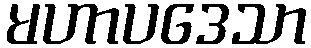
မဟာပဒေသာ